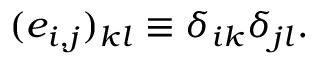
( e _ { i , j } ) _ { k l } \equiv \delta _ { i k } \delta _ { j l } .